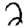
Digit: 2